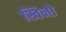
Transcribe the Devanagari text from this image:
खिनो